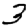
Digit: 3